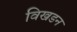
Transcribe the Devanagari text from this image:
विखडन